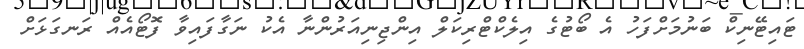
ޓައިޓޭނިކް ބަނުމަށްފަހު އެ ބޯޓުގެ އިލެކްޓްރިކަލް އިންޖިނިއަރުންނާ އެކު ނަގާފައިވާ ފޮޓޯއެއް ރަނގަޅަށް